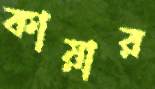
কায়ার